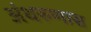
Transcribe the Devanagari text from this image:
अंथरुणास